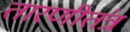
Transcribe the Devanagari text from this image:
तारणीतंत्र